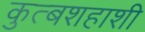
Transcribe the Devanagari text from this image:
कुत्बशहाशी